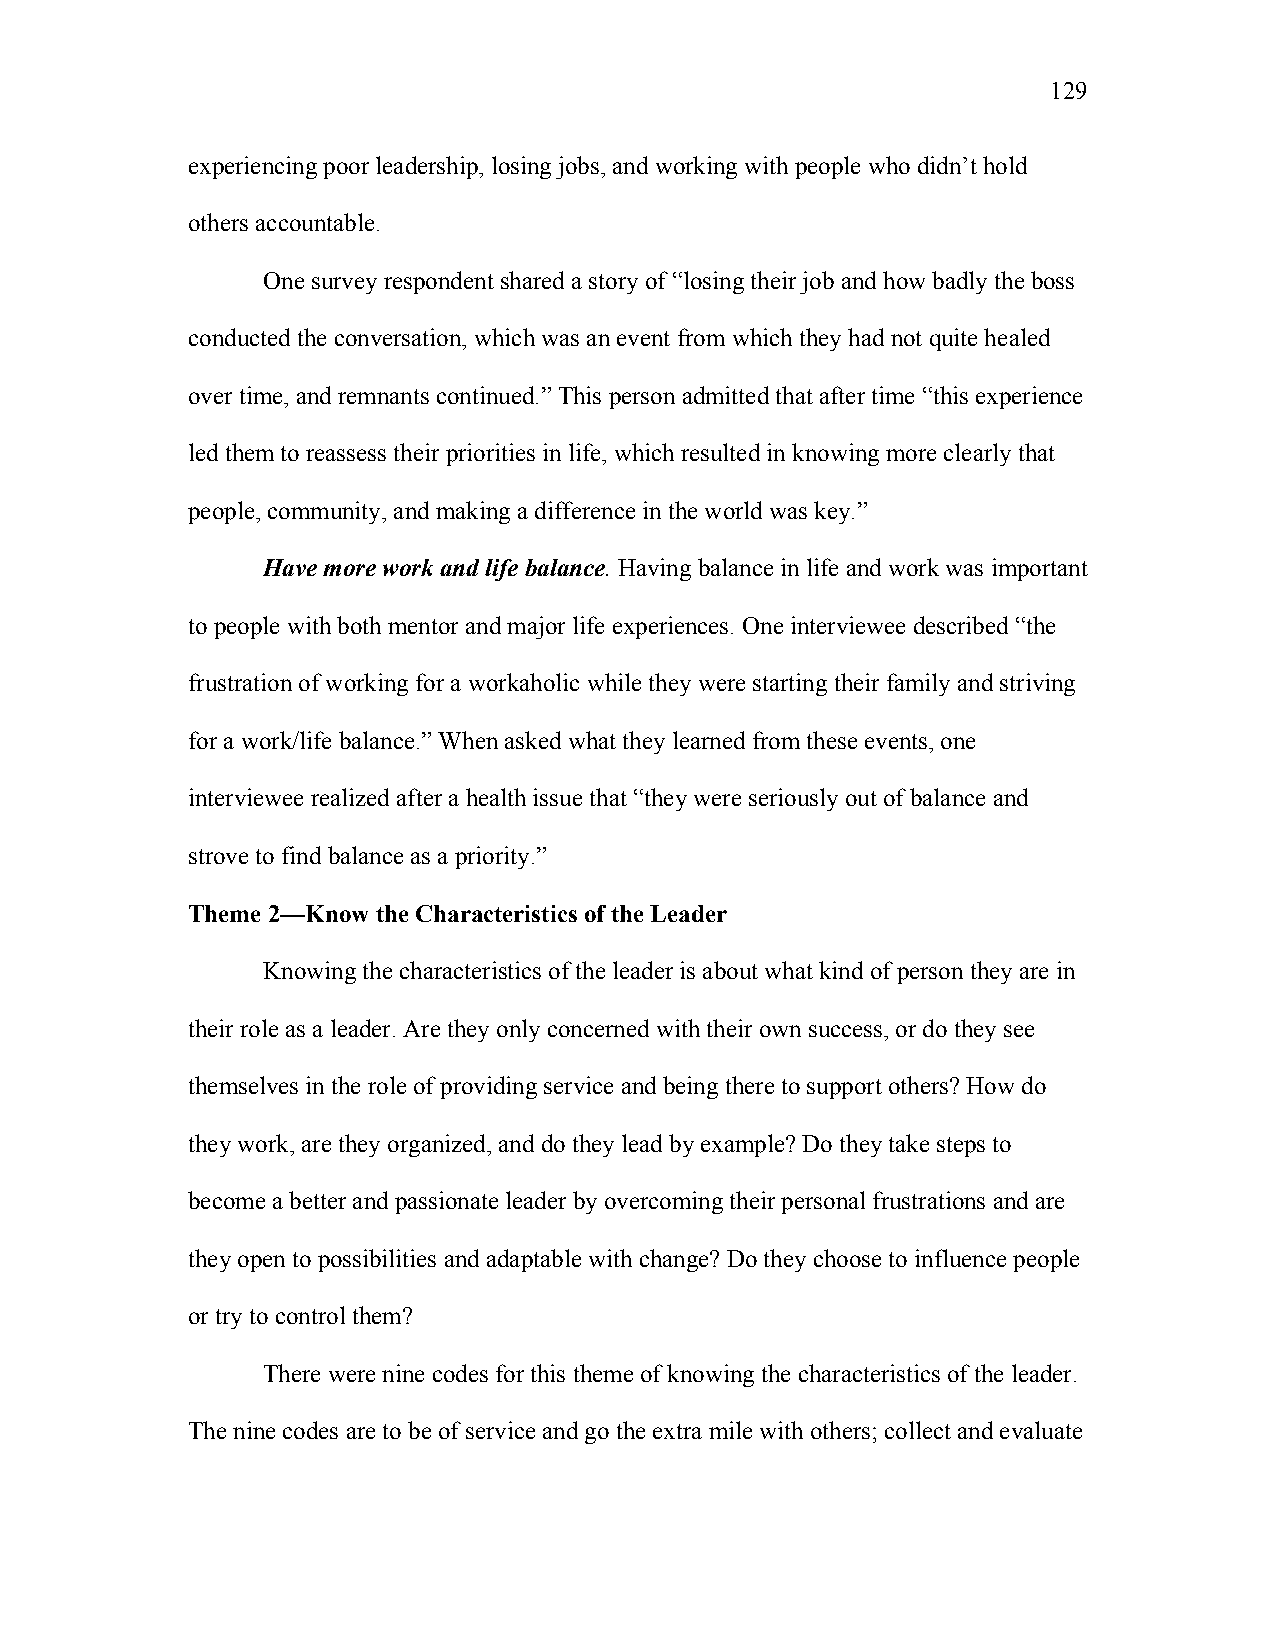
129
 experiencing poor leadership, losing jobs, and working with people who didn’t hold
 others accountable.
 One survey respondent shared a story of “losing their job and how badly the boss
 conducted the conversation, which was an event from which they had not quite healed
 over time, and remnants continued.” This person admitted that after time “this experience
 led them to reassess their priorities in life, which resulted in knowing more clearly that
 people, community, and making a difference in the world was key.”
 Have more work and life balance. Having balance in life and work was important
 to people with both mentor and major life experiences. One interviewee described “the
 frustration of working for a workaholic while they were starting their family and striving
 for a work/life balance.” When asked what they learned from these events, one
 interviewee realized after a health issue that “they were seriously out of balance and
 strove to find balance as a priority.”
 Theme 2—Know the Characteristics of the Leader
 Knowing the characteristics of the leader is about what kind of person they are in
 their role as a leader. Are they only concerned with their own success, or do they see
 themselves in the role of providing service and being there to support others? How do
 they work, are they organized, and do they lead by example? Do they take steps to
 become a better and passionate leader by overcoming their personal frustrations and are
 they open to possibilities and adaptable with change? Do they choose to influence people
 or try to control them?
 There were nine codes for this theme of knowing the characteristics of the leader.
 The nine codes are to be of service and go the extra mile with others; collect and evaluate